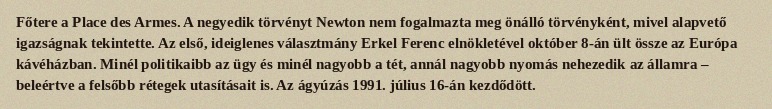
Főtere a Place des Armes. A negyedik törvényt Newton nem fogalmazta meg önálló törvényként, mivel alapvető igazságnak tekintette. Az első, ideiglenes választmány Erkel Ferenc elnökletével október 8-án ült össze az Európa kávéházban. Minél politikaibb az ügy és minél nagyobb a tét, annál nagyobb nyomás nehezedik az államra – beleértve a felsőbb rétegek utasításait is. Az ágyúzás 1991. július 16-án kezdődött.